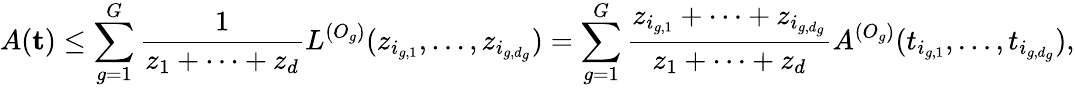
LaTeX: A(\textbf{t})\leq\sum_{g=1}^{G}\frac{1}{z_{1}+\dots+z_{d}}L^{(O_{g})}(z_{i_{g,1}},\dots,z_{i_{g,d_{g}}})=\sum_{g=1}^{G}\frac{z_{i_{g,1}}+\dots+z_{i_{g,d_{g}}}}{z_{1}+\dots+z_{d}}A^{(O_{g})}(t_{i_{g,1}},\dots,t_{i_{g,d_{g}}}),